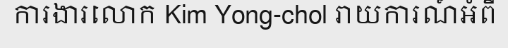
ការងារលោក Kim Yong-chol រាយការណ៍អំពី